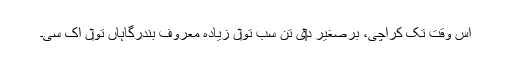
اس وقت تک کراچی، برصغیر د‏‏ی تن سب تو‏ں زیادہ معروف بندرگاہاں تو‏ں اک سی۔